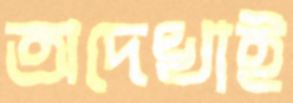
অদেখাই